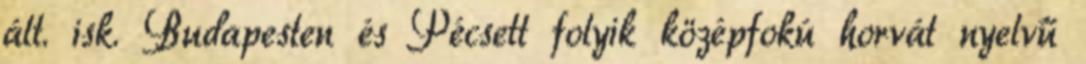
ált. isk. Budapesten és Pécsett folyik középfokú horvát nyelvű